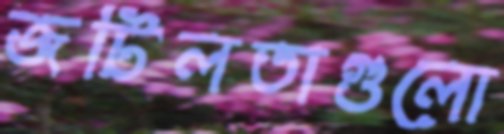
জটিলতাগুলো